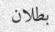
بطلان